Leaving Certificate Examination, 1919
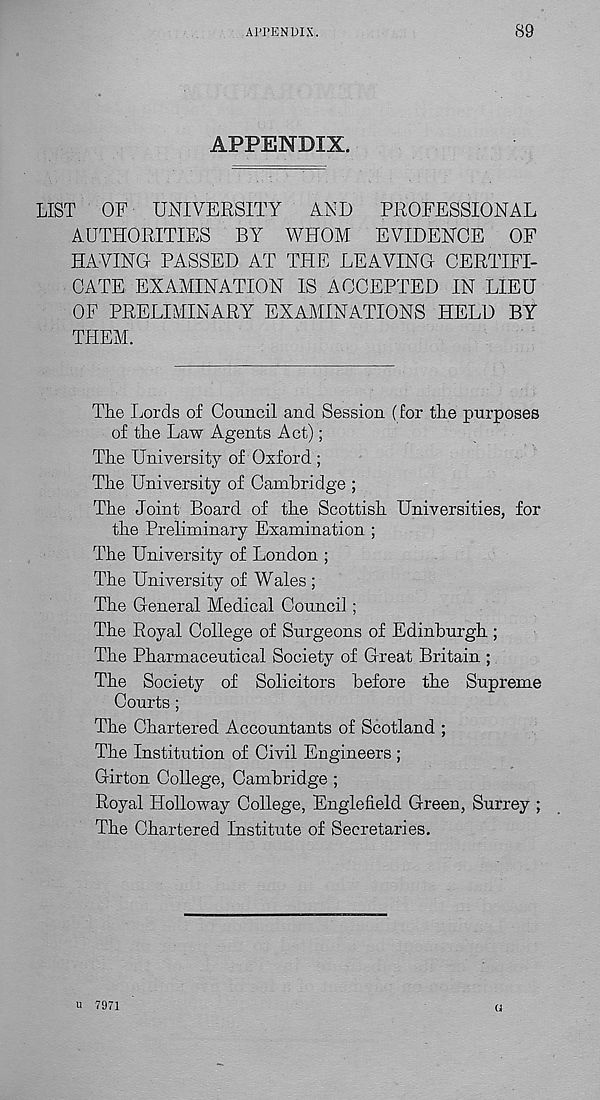
APPENDIX.
89
APPENDIX.
LIST
OF UNIVERSITY
AND
PROFESSIONAL
AUTHORITIES BY WHOM EVIDENCE OF
HAVING PASSED AT THE LEAVING CERTIFI-
CATE EXAMINATION IS ACCEPTED IN LIEU
OF PRELIMINARY EXAMINATIONS HELD BY
THEM.
TPe Lords of Council and Session (for the purposes
of the Law Agents Act);
The University of Oxford ;
The University of Cambridge ;
The Joint Board of the Scottish Universities, for
the Preliminary Examination ;
The University of London ;
The University of Wales ;
The General Medical Council ;
The Royal College of Surgeons of Edinburgh ;
The Pharmaceutical Society of Great Britain ;
The Society of Solicitors before the Supreme
Courts;
The Chartered Accountants of Scotland ;
The Institution of Civil Engineers ;
Girton College, Cambridge ;
Royal Holloway College, Englefield Green, Surrey ;
The Chartered Institute of Secretaries.
u 7971
u